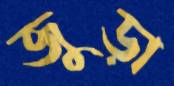
জুড়া